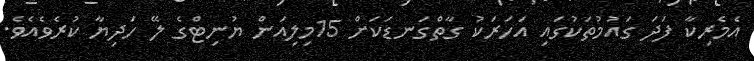
އެމެރިކާ ފަދަ ގައުމުތަކުގައި އަހަރަކު ގާތްގަނޑަކަށް 15މިލިއަން ޔުނިޓްގެ ލޭ ހަދިޔާ ކުރެވެއެވެ.